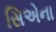
સિએના